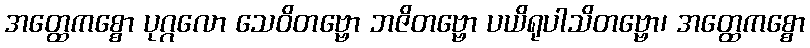
အတ္ထေကစ္စော ပုဂ္ဂလော သေဝိတဗ္ဗော ဘဇိတဗ္ဗော ပယိရုပါသိတဗ္ဗော၊ အတ္ထေကစ္စော